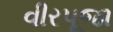
વીરપૂજા